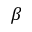
\beta